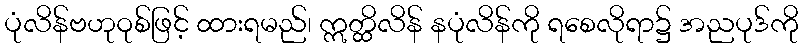
ပုံလိန်ဗဟုဝုစ်ဖြင့် ထားရမည်၊ ဣတ္ထိလိန် နပုံလိန်ကို ရစေလိုရာ၌ အညပုဒ်ကို